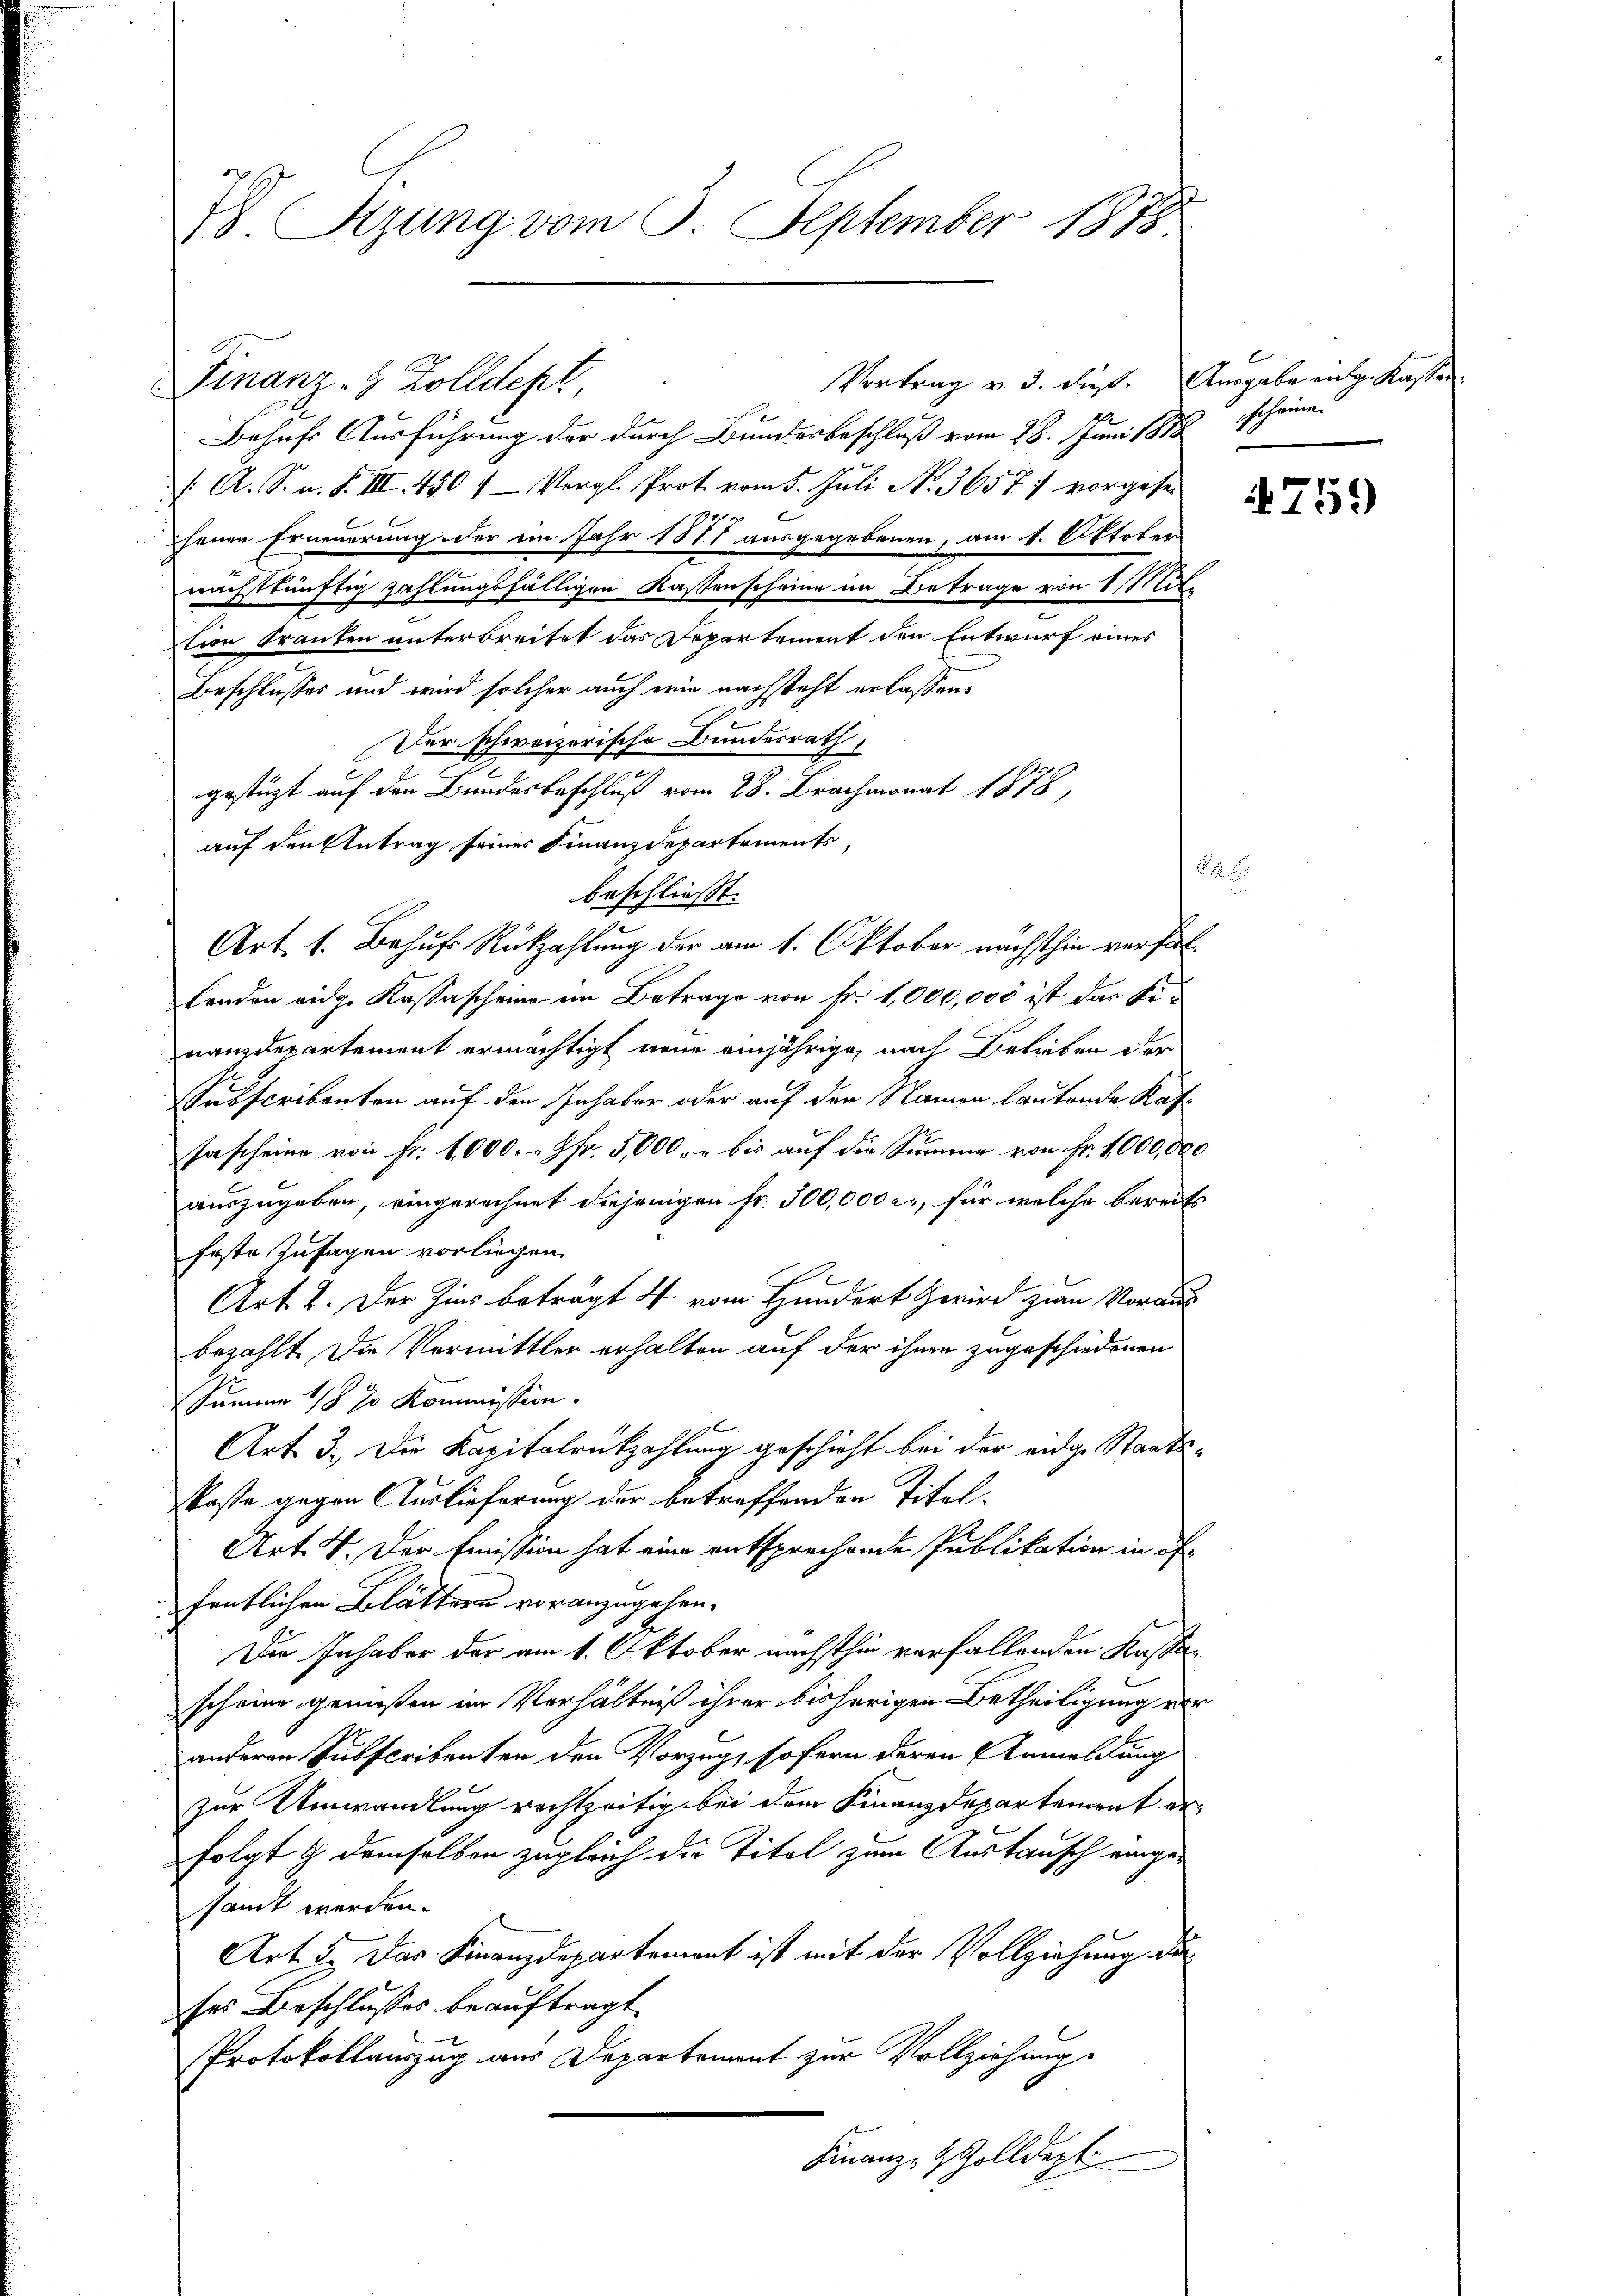
78. Sitzung vom 9. September 1878

Finanz- & Zolldept

Behufs Ausführung der durch Bundesbeschluß vom 28. Juni 1858
/. A. S. n. F. III 450 1 Vergl. Prot. vom 5. Juli N. 36577 vorgese
s
senen Erneuerung der im Jahr 1871 ausgegebenen, am 1. Oktober
nachstkünftig zahlungsfälligen Kassenscheine im Betrage von 1 Mittion Kranken unterbreitet das Departement den Entwurf eines
Beschlusses und wird solcher auch ein nachsteht erlassen.
Der schweizerische Bundesrath,
e
e
gestüzt auf den Bundesbeschluß vom 28. Brachmonat 1878,
auf den Antrag seiner Finanzdepartements

beschließt:
Art. 1. Behuf Rückzahlung der am 1. Oktober nächsthin verfal
tenden eidge Kassascheine im Betrage von Fr. 1,000,000 ist das Finanzdepartement ermächtigt neue einjährige, nach Belieben der
Subscribenten auf den Inhaber oder auf den Namen lautende Kafsascheine von Fr. 1000.- 9fr. 5,000. r bis auf die Summe von Fr. 1000,000
auszugeben, eingerechnet diejenigen Fr. 300,000 c., für welche bereits
Erste Zusagen vorliegen
Art. 2. Der Zins beträgt 4 vom Hundert Zwird zwei Voraus
bezahlt. Die Vermittler erhalten auf der ihnen zugeschiedenen
Summe 1/8 70 Kommission.
Art. 3. Die Kapitalrükzahlung geschicht bei der eidg. Staats-
kaste gegen Auslieferung der betreffenden Titel.
Art. V. Der Emission hat eine entsprechende Publikation in of
fentlichen Blättern voranzugehen.
Die Inhaber der am 1. Oktober nächsthin verfallenden Kassascheine gemeßen im Verhältniß ihrer bisherigen Betheiligung ver
anderen Subscribenten den Vorzug, sofern deren Anmeldung
zur Umwandlung rechtzeitig bei dem Finanzdepartement erfolgt ch demselben zugleich der Titel zum Austausch eingesamt werden.
Art. 5. Der Finanzdepartement ist mit der Vollziehung der
ses Beschlusses beauftragt.
Protokollauszug aus Departement zur Vollziehung
Finanz- & Zolldept.

Vortrag v. 3. dieß.

Ausgabe eng. Kasser
scheine.

759